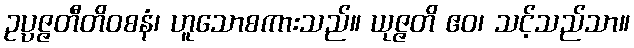
ဥပ္ပဇ္ဇတီတိဝစနံ၊ ဟူသောစကားသည်။ ယုဇ္ဇတိ ဧဝ၊ သင့်သည်သာ။